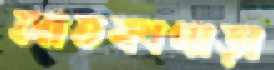
আতকাপাড়া